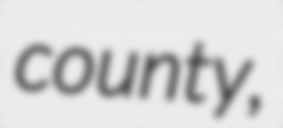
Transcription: county,